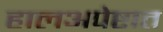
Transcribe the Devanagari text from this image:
हालअपेष्टात